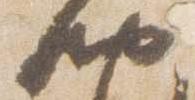
納